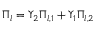
\Pi _ { l } = \Upsilon _ { 2 } \Pi _ { l , 1 } + \Upsilon _ { 1 } \Pi _ { l , 2 }